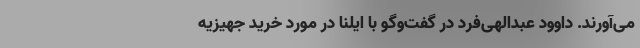
می‌آورند. داوود عبدالهی‌فرد در گفت‌وگو با ایلنا در مورد خرید جهیزیه